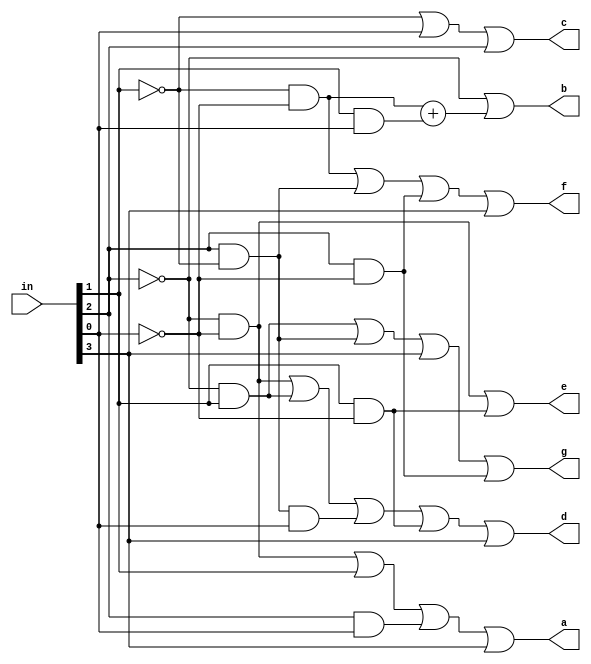
module decoder_rev(
  input [3:0] in,
  output a,b,c,d,e,f,g
  );
  
assign a = (~in[2] & ~in[0]) | (in[1]) | (in[2] & in[0]) | (in[3]);
assign b = (~in[2]) | (~in[1] & ~in[0]) + (in[1] & in[0]);
assign c = (~in[1]) | (in[0]) | (in[2]);
assign d = (~in[2] & ~in[0]) | (~in[2] & in[1]) | (in[2] & ~in[1] & in[0]) 
               | (in[1] & ~in[0]) | (in[3]);
assign e = (~in[2] & ~in[0]) | (in[1] & ~in[0]);
assign f = (~in[1] & ~in[0]) | (in[2] & ~in[1]) | (in[2] & ~in[0]) | (in[3]); 
assign g = (~in[2] & in[1]) | (in[2] & ~in[1]) | (in[3]) | (in[2] & ~in[0]);

endmodule